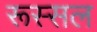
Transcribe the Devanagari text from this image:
रूस्सल